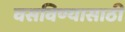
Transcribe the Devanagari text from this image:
वसविण्यासाठी